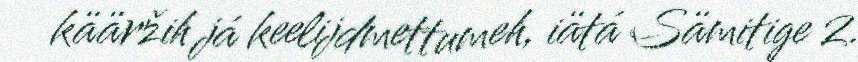
kääržih já keelijdmettumeh, iätá Sämitige 2.